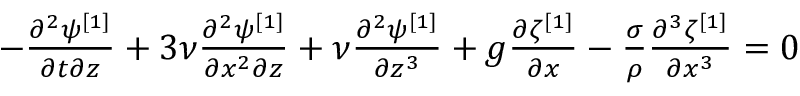
\begin{array} { r } { - \frac { \partial ^ { 2 } \psi ^ { [ 1 ] } } { \partial t \partial z } + 3 \nu \frac { \partial ^ { 2 } \psi ^ { [ 1 ] } } { \partial x ^ { 2 } \partial z } + \nu \frac { \partial ^ { 2 } \psi ^ { [ 1 ] } } { \partial z ^ { 3 } } + g \frac { \partial \zeta ^ { [ 1 ] } } { \partial x } - \frac { \sigma } { \rho } \frac { \partial ^ { 3 } \zeta ^ { [ 1 ] } } { \partial x ^ { 3 } } = 0 } \end{array}